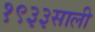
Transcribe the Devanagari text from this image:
१९३३साली